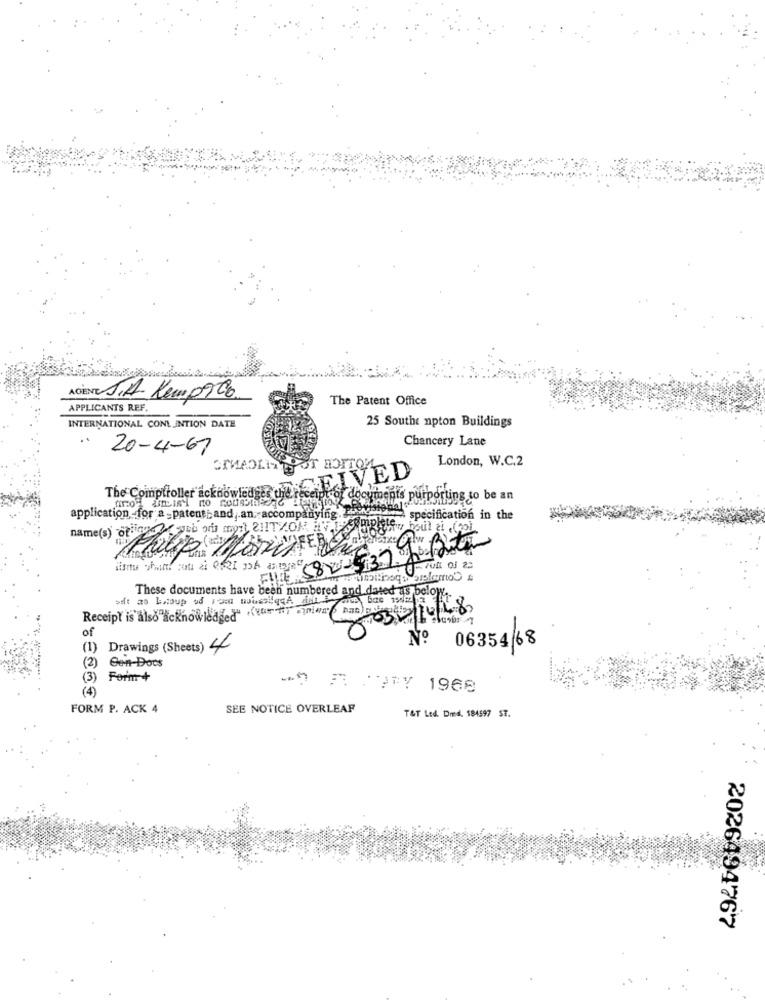
AGENTE S.A. Kemp900.
The Patent Office
APPLICANTS REF.
INTERNATIONAL CONL INTION DATE
25 Southe npton Buildings
Chancery Lane
20-4-67
London, W.C.2
POT BOTTOM
CEIVED
The Comptroller acknowledges thie receipt
fot documents purporting to be an
application -for a -patent;and ,. an accompanying. Zaten
specification in the
name(s)
These documents have been numbered and dated as below.
set an bocoup of som muesliqqA du
Receipt is also acknowledged" (eur ) minima nac
of
Nº
06354 68
(1)
Drawings (Sheets) 4
)Con-Docs
(3)
Form +
(4)
- A TOY 1968
FORM P. ACK 4
SEE NOTICE OVERLEAF
T&T Ltd. Dmed. 184597 ST.
2026494767